Annual administration report of the Civil Veterinary Department of India - 1909-1910
Year: 1909
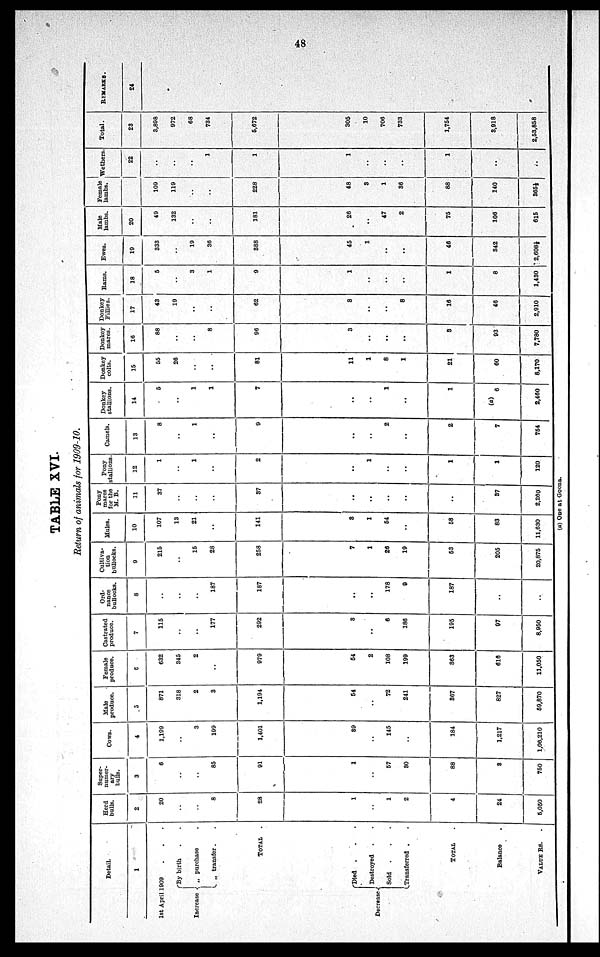
48
TABLE XVI.
Return of animals for 1909-10.
Detail.
1
1st April 1909 . . .
Increase
By birth . .
„ purchase .
„ transfer . .
TOTAL
.
Decrease
Died
. . .
Destroyed . .
Sold
. . .
Transferred . .
TOTAL .
Balance .
VALUE Rs. .
Herd
bulls.
2
20
..
..
8
28
1
..
1
2
4
24
5,050
Super-
numer-
ary
bulls.
3
6
..
..
85
91
1
..
57
80
88
8
750
COWS.
4
1,199
..
3
199
1,401
89
..
145
..
184
1,217
1,06,210
Male
produce.
5
871
318
2
3
1,194
54
..
72
241
867
827
59,870
Female
produce.
6
632
345
2
..
979
54
2
108
199
863
616
11,050
Castrated
produce.
7
115
..
..
177
292
8
..
6
186
195
97
8,950
Ord-
nance
bullocks.
8
..
..
..
187
187
..
..
178
9
187
..
..
Cultiva-
tion
bullocks.
9
215
..
15
28
258
7
1
26
19
53
205
20,875
Mules.
10
107
13
21
..
141
3
1
54
..
58
83
11,630
Pony
mares
for the
M. B.
11
37
..
..
..
87
..
..
..
..
..
37
2,260
Pony
stallions
12
1
..
1
..
2
..
1
..
..
1
1
120
Camels.
13
8
..
1
..
9
..
..
2
..
2
7
754
Donkey
stallions.
14
5
..
1
1
7
..
..
1
..
1
(a)
6
2,460
Donkey
colts.
15
55
26
..
..
81
11
1
8
1
21
60
8,170
Donkey
mares.
16
88
..
..
8
96
3
..
..
..
3
93
7,780
Donkey
Fillies.
17
43
19
..
..
62
8
..
..
8
16
46
2,910
Rams.
18
5
..
3
1
9
1
..
..
..
1
8
1,430
Ewes.
19
333
..
19
36
388
45
1
..
..
46
342
2,608½
Male
lambs.
20
49
132
..
..
181
26
..
47
2
75
106
615
Female
lambs.
21
109
119
..
..
228
48
3
1
36
88
140
365½
Wethers
22
..
..
..
1
1
1
..
..
..
1
..
..
Total.
23
3,898
972
68
734
5,672
305
10
706
733
1,754
3,918
2,53,858
REMARKS.
24
(a) One at Goona.